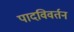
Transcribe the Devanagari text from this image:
पादविवर्तन